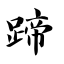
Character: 蹄